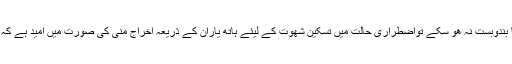
تاھم جب تک ایسا بندوبست نہ ھو سکے تواضطراری حالت میں تسکین شھوت کے لیئے ہاتھ یاران کے ذریعہ اخراج منی کی صورت میں امید ہے کہ مواخذہ نہیں ہوگا۔